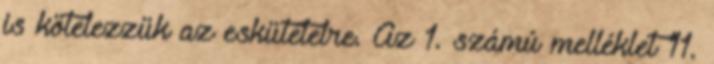
is kötelezzük az eskütételre. Az 1. számú melléklet 11.